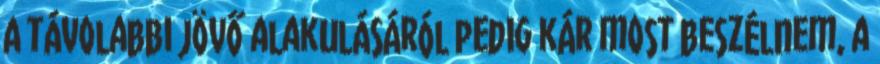
A távolabbi jövő alakulásáról pedig kár most beszélnem, a